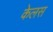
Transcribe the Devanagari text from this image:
केलस